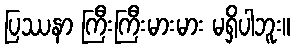
ပြဿနာ ကြီးကြီးမားမား မရှိပါဘူး။